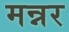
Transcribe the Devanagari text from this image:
मन्नर